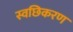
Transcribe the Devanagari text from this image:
स्वछिकरण